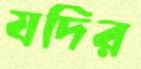
যদির